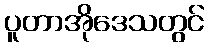
ပူတာအိုဒေသတွင်